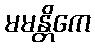
မမန္တိကေ